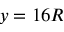
y = 1 6 R